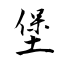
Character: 堡